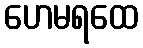
ဟေမရထေ